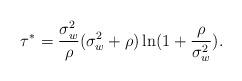
LaTeX: \begin{align*}\tau^{\ast}=\frac{\sigma_w^2}{\rho}(\sigma_w^2+\rho)\ln(1+\frac{\rho}{\sigma_w^2}).\end{align*}